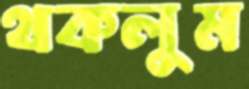
থকলুম